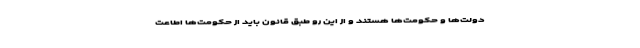
دولت‌ها و حکومت‌ها هستند و از این رو طبق قانون باید از حکومت‌ها اطاعت